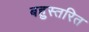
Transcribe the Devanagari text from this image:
बहुस्तरित